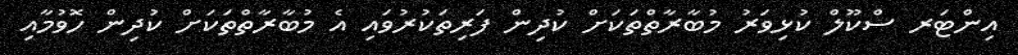
އިންޓަރ ސްކޫލް ކުޅިވަރު މުބާރާތްތަކަށް ކުދިން ފަރިތަކުރުވައި އެ މުބާރާތްތަކަށް ކުދިން ހޮވުމާއި